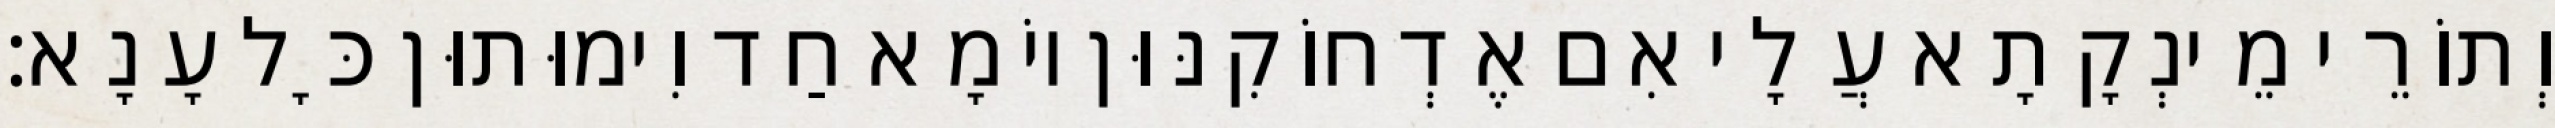
וְתוֹרֵי מֵינְקָתָא עֲלָי אִם אֶדְחוֹקִנּוּן יוֹמָא חַד וִימוּתוּן כָּל עָנָא׃